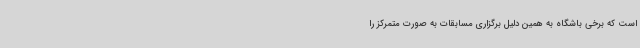
است که برخی باشگاه به همین دلیل برگزاری مسابقات به صورت متمرکز را